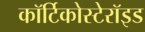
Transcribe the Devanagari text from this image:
कॉर्टिकोस्टेरॉइड